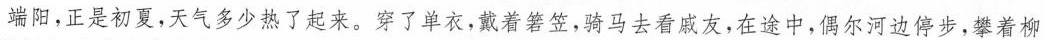
端阳，正是初夏，天气多少热了起来。穿了单衣，戴着箬笠，骑马去看戚友，在途中，偶尔河边停步，攀着柳